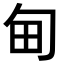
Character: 甸